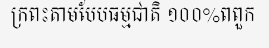
ក្រពះតាមបែបធម្មជាតិ ១០០%ពពួក